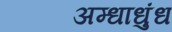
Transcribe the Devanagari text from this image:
अम्धाधुंध